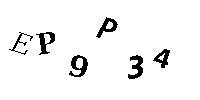
EP9P34